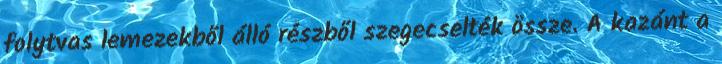
folytvas lemezekből álló részből szegecselték össze. A kazánt a